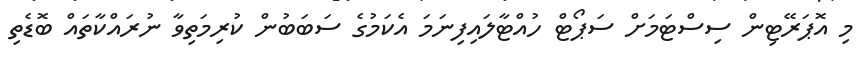
މި އޮޕަރޭޓިން ސިސްޓަމަށް ސަޕޯޓް ހުއްޓާލައިފިނަމަ އެކަމުގެ ސަބަބުން ކުރިމަތިވާ ނުރައްކާތައް ބޮޑެތި